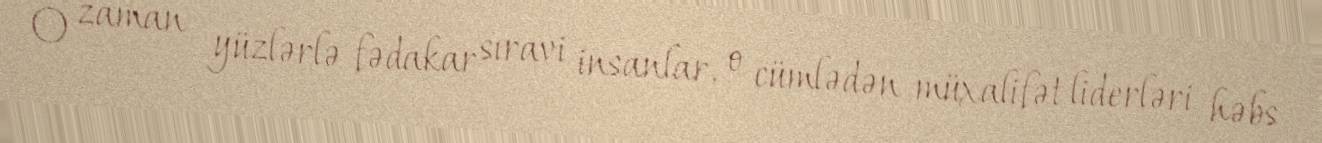
O zaman yüzlərlə fədakar sıravi insanlar, o cümlədən müxalifət liderləri həbs